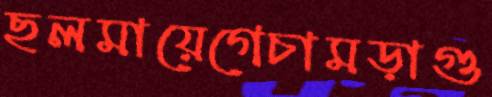
ছলমায়েগেচামড়াগু